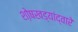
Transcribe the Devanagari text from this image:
शो़षखड्यांद्वारे